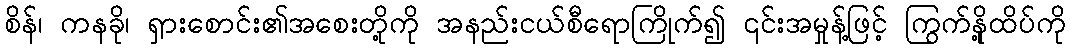
စိန်၊ ကနခို၊ ရှားစောင်း၏အစေးတို့ကို အနည်းငယ်စီရောကြိုက်၍ ၎င်းအမှုန့်ဖြင့် ကြွက်နို့ထိပ်ကို